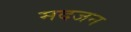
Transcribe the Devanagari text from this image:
मदजन